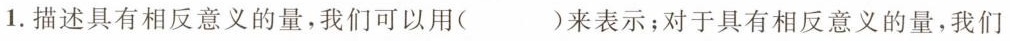
1.描述具有相反意义的量，我们可以用()来表示；对于具有相反意义的量，